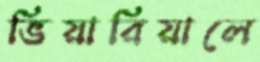
ভিয়ারিয়ালে